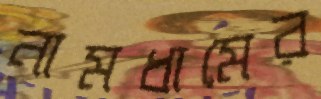
নামধামের